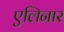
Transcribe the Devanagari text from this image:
एलिनार